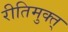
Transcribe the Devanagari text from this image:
रीतिमुक्त्